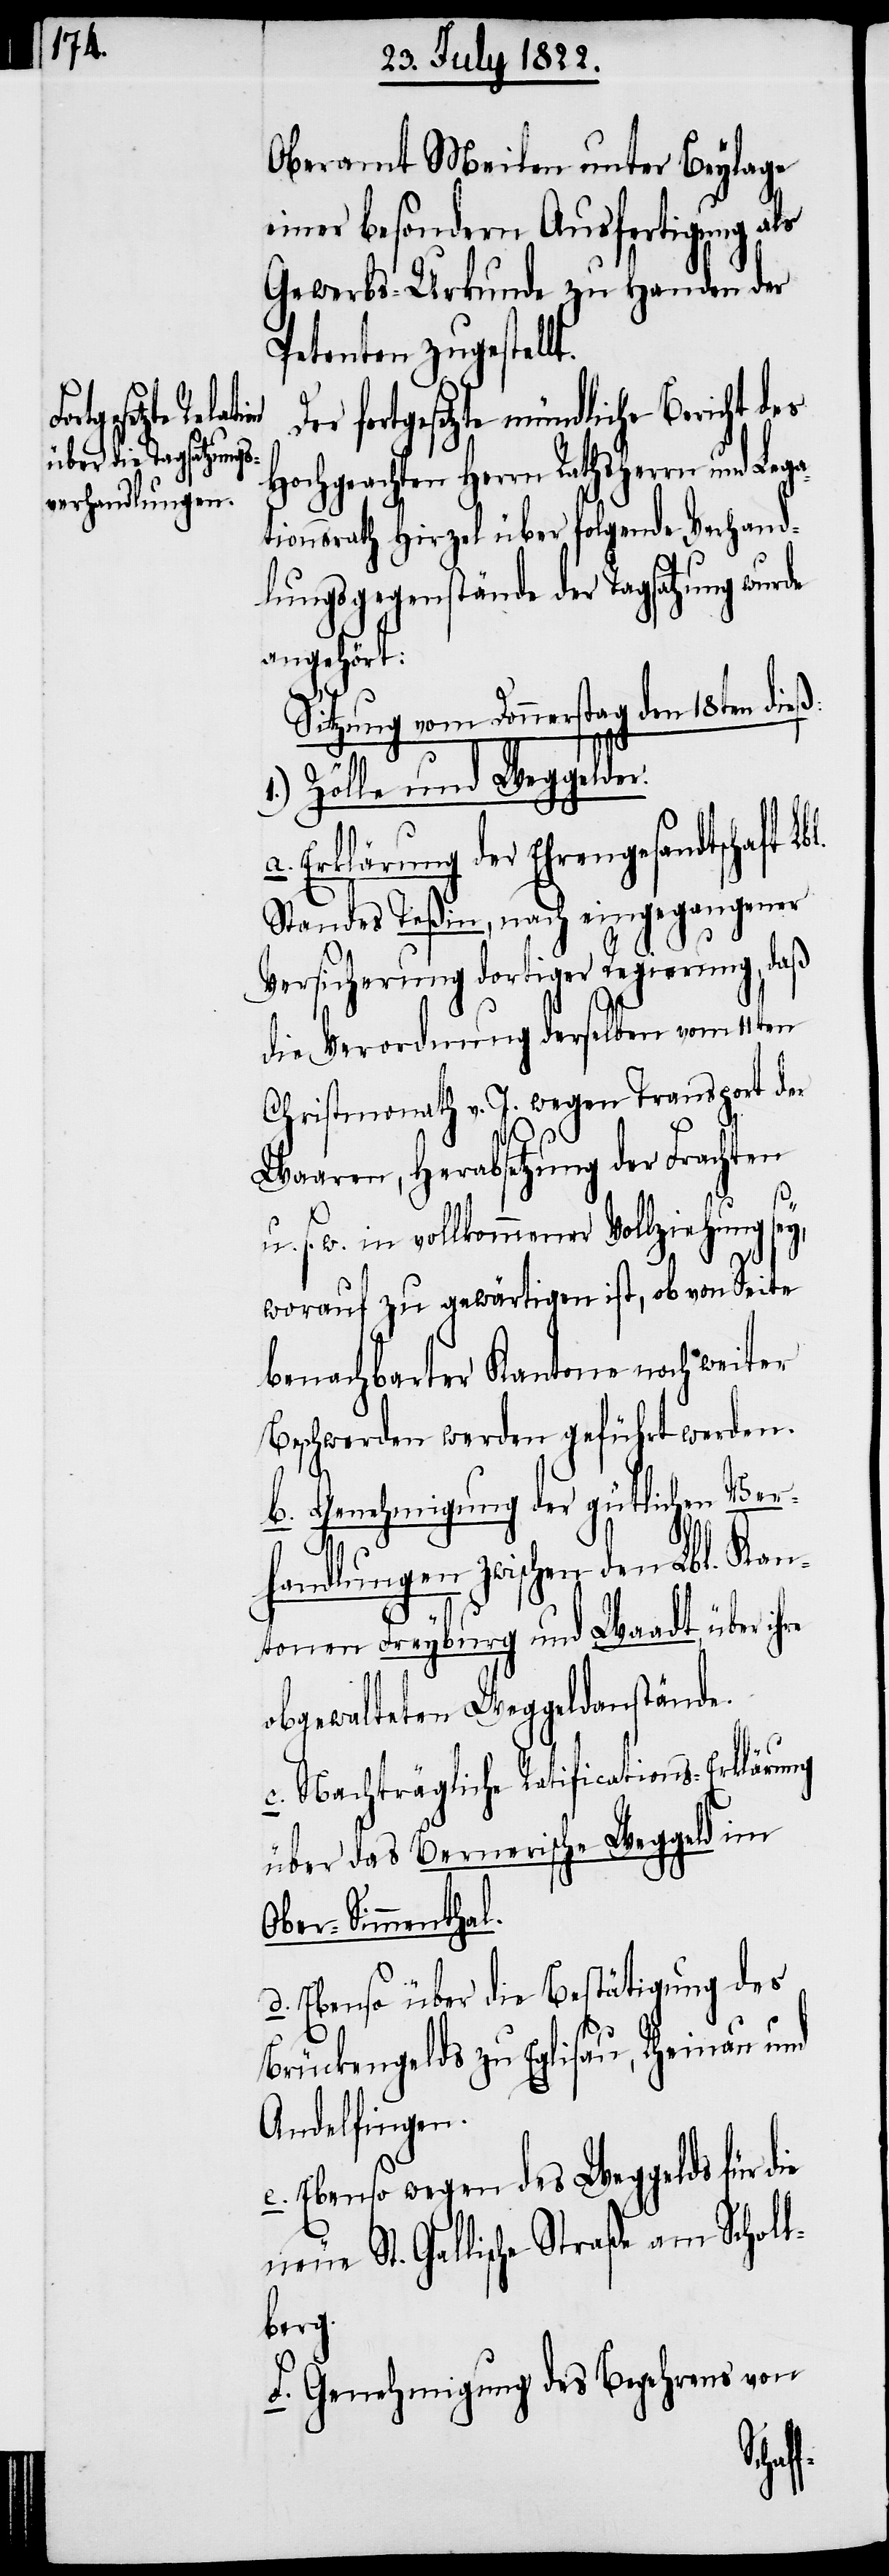
Oberamt Meilen unter Beylage
einer besondern Ausfertigung als
Gewerbs-Urkunde zu Handen der
Petenten zugestell¬
er fortgesetzte mündliche Bericht
Hochgeachten Herrn Rathsherrn und Lega¬
tionsrath Hirzel über folgende Verhand¬
lungsgegenstände der Tagsatzung wur¬
angehört:
Sitzung vom Donnerstag den 18ten dieß:
bl.
Zölle und Weggelde¬
r.
a. Erklärung der Ehrengesandtschaft L¬
Standes Teßin, nach eingegangener
Versicherung dortiger Regierung, daß
die Verordnung derselben vom 11ten
Christmonath v. J. wegen Transport der
Waaren, Herabsetzung der Frachten
u. s. w. in vollkommener Vollziehung sey,
worauf zu gewärtigen ist, ob von Seite
benachbarter Kantone noch weiter
Beschwerden werden geführt werden.
b. Genehmigung der gütlichen Ver¬
handlungen zwischen den Lbl. Kan¬
tonen Freyburg und Waadt über i¬
obgewalteten Weggeldanstände.
c. Nachträgliche Ratifications-Erklärung
über das Bernerische Weggeld im
Ober-Simmenthal.
d. Ebenso über die Bestätigung des
Brückengelds zu Eglisau, Rheinau und
Andelfingen.
e. Ebenso wegen des Weggelds für die
St. Gallische Straße am Schol¬
lberg.
f. Genehmigung des Begehrens von
hre